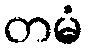
တမံ